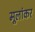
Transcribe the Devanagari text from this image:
मूलांकर